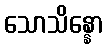
သောသိန္နော